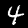
Digit: 4